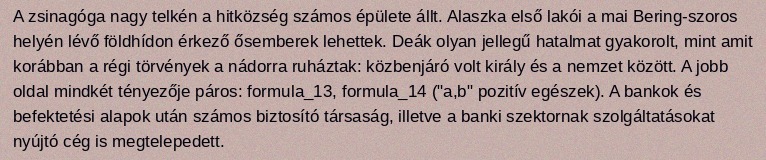
A zsinagóga nagy telkén a hitközség számos épülete állt. Alaszka első lakói a mai Bering-szoros helyén lévő földhídon érkező ősemberek lehettek. Deák olyan jellegű hatalmat gyakorolt, mint amit korábban a régi törvények a nádorra ruháztak: közbenjáró volt király és a nemzet között. A jobb oldal mindkét tényezője páros: formula_13, formula_14 ("a,b" pozitív egészek). A bankok és befektetési alapok után számos biztosító társaság, illetve a banki szektornak szolgáltatásokat nyújtó cég is megtelepedett.